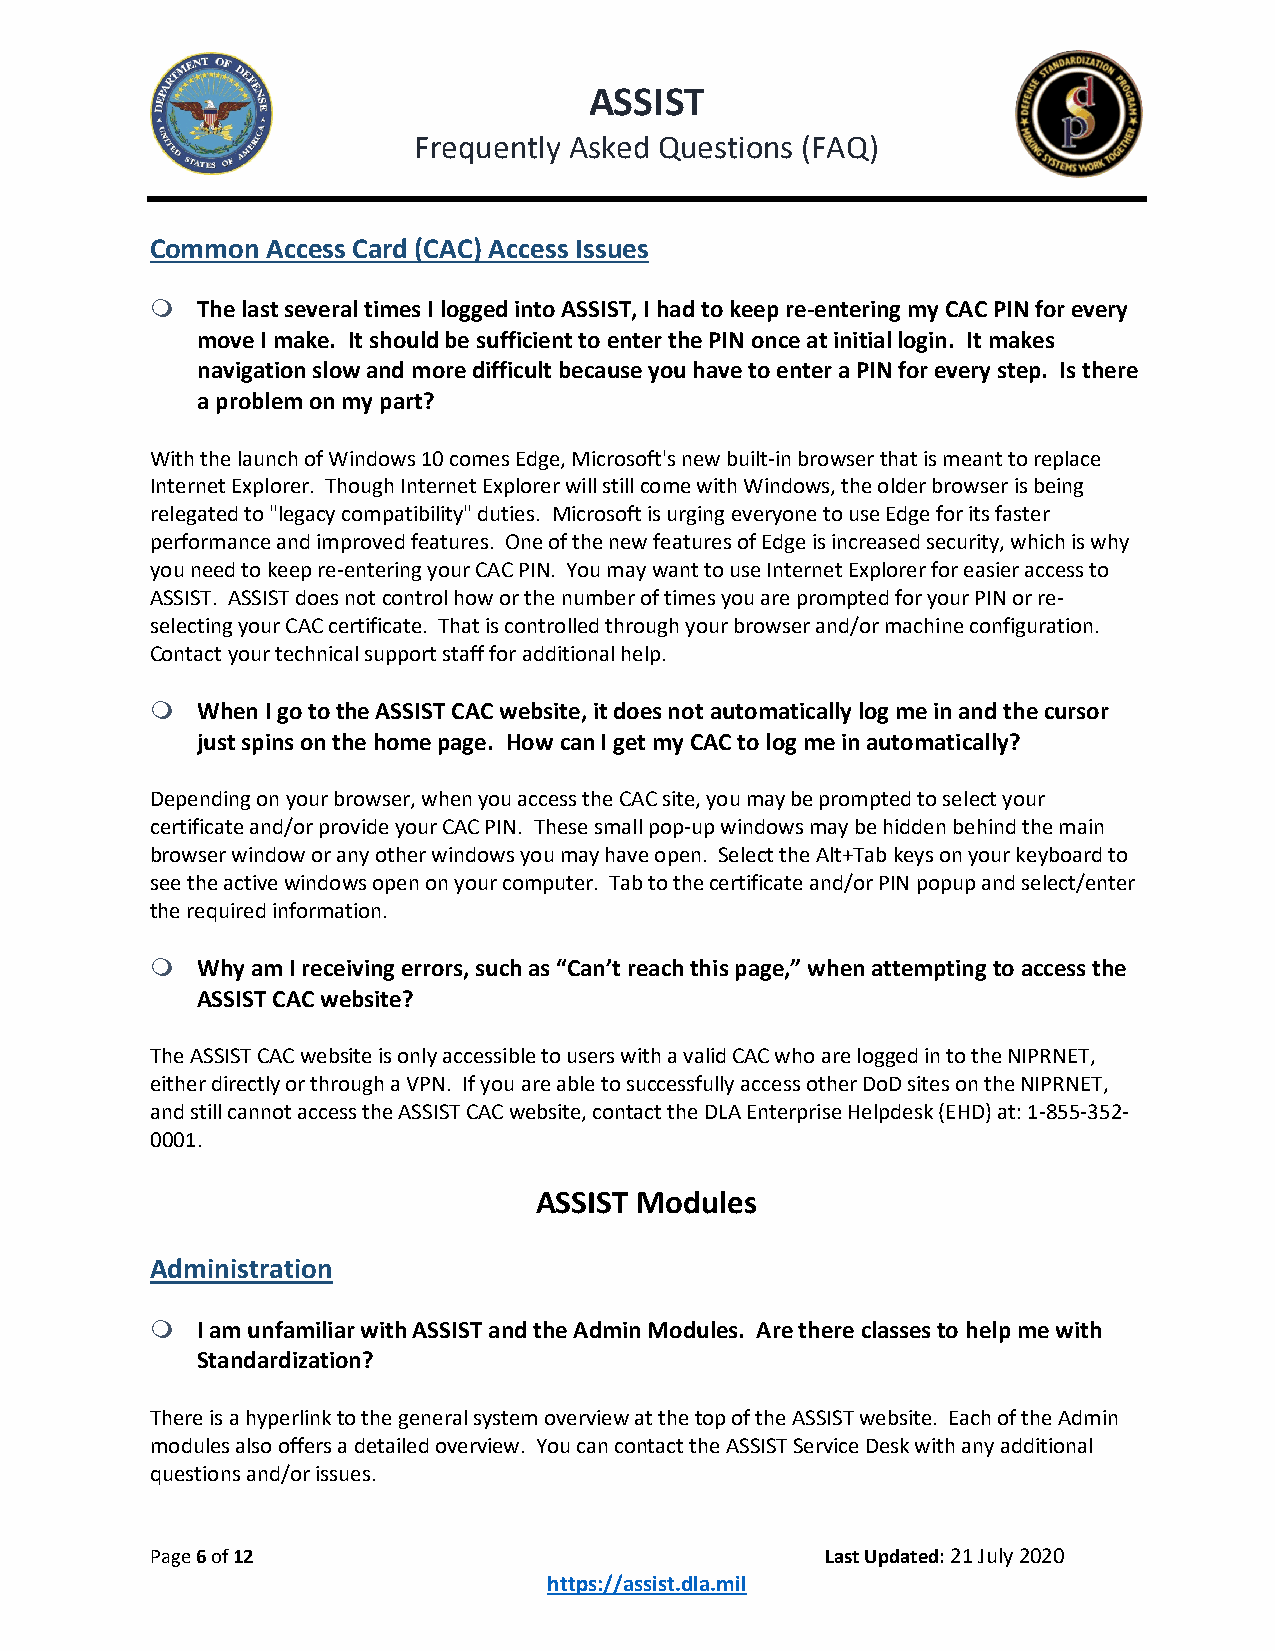
ASSIST
 Frequently Asked Questions (FAQ)
 Common  Access Card (CAC) Access Issues
   The last several times I logged into ASSIST, I had to keep re-entering my CAC PIN for every
 move I make. It should be sufficient to enter the PIN once at initial login. It makes
 navigation slow and more difficult because you have to enter a PIN for every step. Is there
 a problem on my part?
 With the launch of Windows 10 comes Edge, Microsoft's new built-in browser that is meant to replace
 Internet Explorer. Though Internet Explorer will still come with Windows, the older browser is being
 relegated to "legacy compatibility" duties. Microsoft is urging everyone to use Edge for its faster
 performance and improved features. One of the new features of Edge is increased security, which is why
 you need to keep re-entering your CAC PIN. You may want to use Internet Explorer for easier access to
 ASSIST. ASSIST does not control how or the number of times you are prompted for your PIN or re-
 selecting your CAC certificate. That is controlled through your browser and/or machine configuration.
 Contact your technical support staff for additional help.
   When I go to the ASSIST CAC website, it does not automatically log me in and the cursor
 just spins on the home page. How can I get my CAC to log me in automatically?
 Depending on your browser, when you access the CAC site, you may be prompted to select your
 certificate and/or provide your CAC PIN. These small pop-up windows may be hidden behind the main
 browser window or any other windows you may have open. Select the Alt+Tab keys on your keyboard to
 see the active windows open on your computer. Tab to the certificate and/or PIN popup and select/enter
 the required information.
   Why am I receiving errors, such as “Can’t reach this page,” when attempting to access the
 ASSIST CAC website?
 The ASSIST CAC website is only accessible to users with a valid CAC who are logged in to the NIPRNET,
 either directly or through a VPN. If you are able to successfully access other DoD sites on the NIPRNET,
 and still cannot access the ASSIST CAC website, contact the DLA Enterprise Helpdesk (EHD) at: 1-855-352-
 0001.
 ASSIST Modules
 Administration
   I am unfamiliar with ASSIST and the Admin Modules. Are there classes to help me with
 Standardization?
 There is a hyperlink to the general system overview at the top of the ASSIST website. Each of the Admin
 modules also offers a detailed overview. You can contact the ASSIST Service Desk with any additional
 questions and/or issues.
 Page 6 of 12                                 Last Updated: 21 July 2020
 https://assist.dla.mil